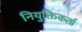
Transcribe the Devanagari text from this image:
नियुक्तिकर्ता